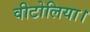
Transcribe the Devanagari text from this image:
वीटोलिया।